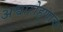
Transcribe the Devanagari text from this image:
अश्वारोहणाचा